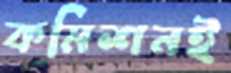
কমিশনই